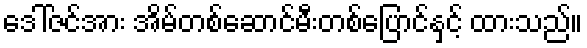
ဒေါ်ဇင်အား အိမ်တစ်ဆောင်မီးတစ်ပြောင်နှင့် ထားသည်။